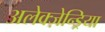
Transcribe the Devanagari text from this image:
अलेक्ज़ेन्ड्रिया